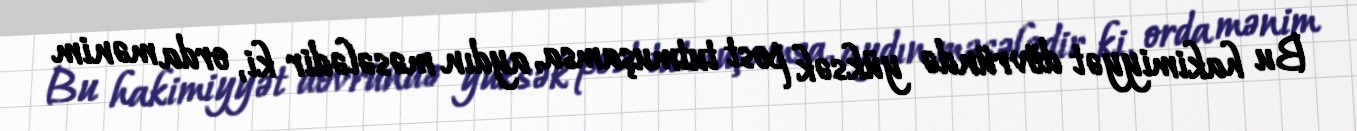
Bu hakimiyyət dövründə yüksək post tutmuşamsa, aydın məsələdir ki, orda mənim